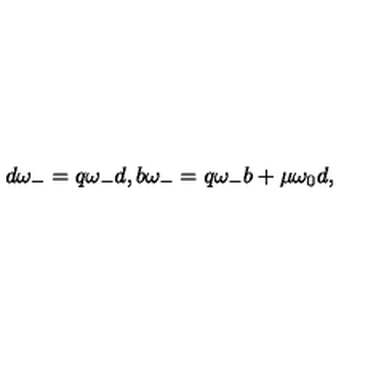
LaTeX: d \omega _ { - } = q \omega _ { - } d , b \omega _ { - } = q \omega _ { - } b + \mu \omega _ { 0 } d ,